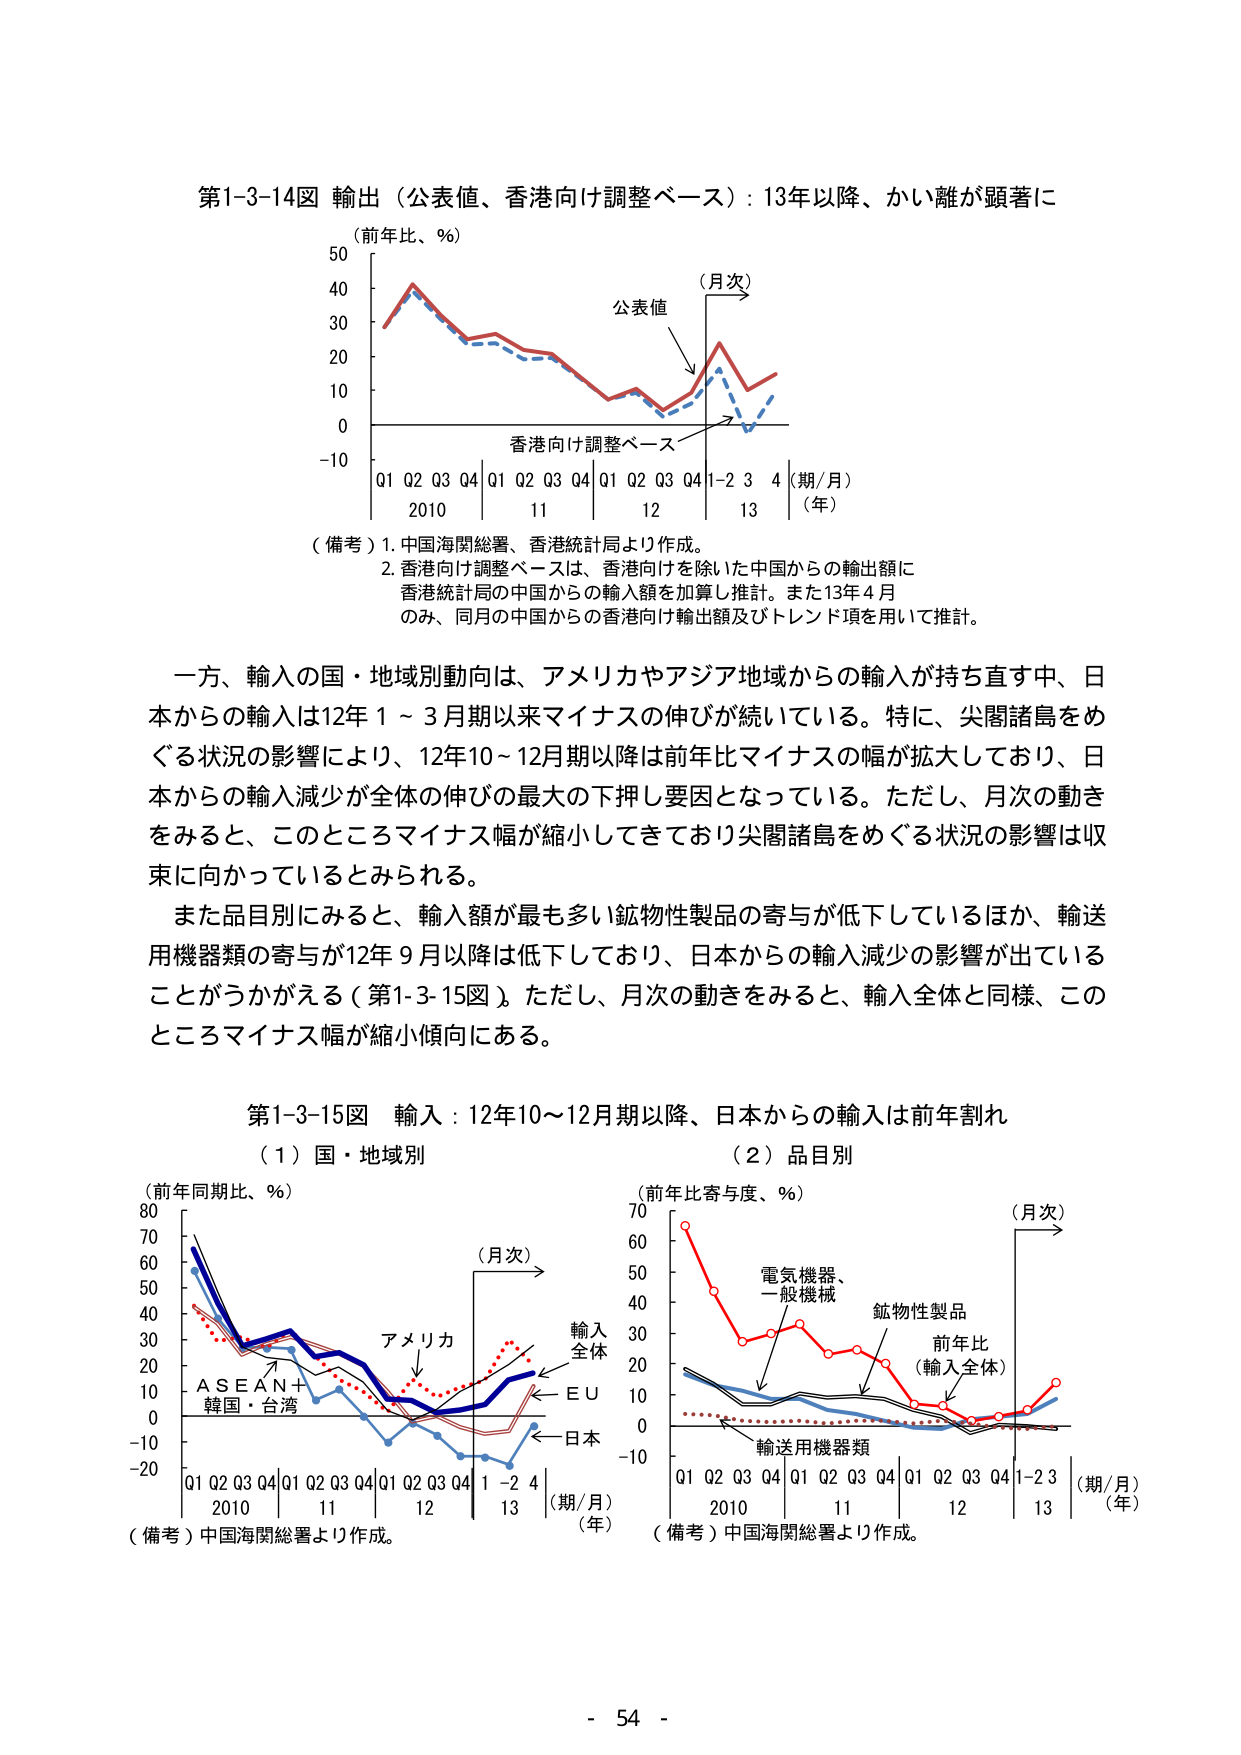
第1-3-14図 輸出（公表値、香港向け調整ベース）：13年以降、かい離が顕著に
（前年比、％）
（月次）
公表値
香港向け調整ベース
Q1 Q2 Q3 Q4 | Q1 Q2 Q3 Q4 | Q1 Q2 Q3 Q4 | 1-2 3 4
2010 11 12 13
（期/月）
（年）

（備考）1. 中国海関総署、香港統計局より作成。
2. 香港向け調整ベースは、香港向けを除いた中国からの輸出額に
香港統計局の中国からの輸入額を加算し推計。また13年4月
のみ、同月の中国からの香港向け輸出額及びトレンド項を用いて推計。

一方、輸入の国・地域別動向は、アメリカやアジア地域からの輸入が持ち直す中、日本からの輸入は12年1～3月期以来マイナスの伸びが続いている。特に、尖閣諸島をめぐる状況の影響により、12年10～12月期以降は前年比マイナスの幅が拡大しており、日本からの輸入減少が全体の伸びの最大の下押し要因となっている。ただし、月次の動きをみると、このところマイナス幅が縮小してきており尖閣諸島をめぐる状況の影響は収束に向かっているとみられる。

また品目別にみると、輸入額が最も多い鉱物性製品の寄与が低下しているほか、輸送用機器類の寄与が12年9月以降は低下しており、日本からの輸入減少の影響が出ていることがうかがえる（第1-3-15図）。ただし、月次の動きをみると、輸入全体と同様、このところマイナス幅が縮小傾向にある。

第1-3-15図 輸入：12年10～12月期以降、日本からの輸入は前年割れ
（1）国・地域別
（前年同期比、％）
（月次）
アメリカ
輸入全体
ＥＵ
日本
ＡＳＥＡＮ＋
韓国・台湾
Q1 Q2 Q3 Q4 | Q1 Q2 Q3 Q4 | Q1 Q2 Q3 Q4 | 1-2 4
2010 11 12 13
（期/月）
（年）
（備考）中国海関総署より作成。

（2）品目別
（前年比寄与度、％）
（月次）
電気機器、
一般機械
鉱物性製品
前年比
（輸入全体）
輸送用機器類
Q1 Q2 Q3 Q4 | Q1 Q2 Q3 Q4 | Q1 Q2 Q3 Q4 | 1-2 3
2010 11 12 13
（期/月）
（年）
（備考）中国海関総署より作成。

- 54 -